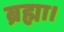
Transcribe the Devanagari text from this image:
ब्रह्मा।